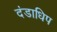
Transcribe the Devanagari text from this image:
दंडाधिप